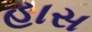
હાસ